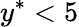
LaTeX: y^{*}<5